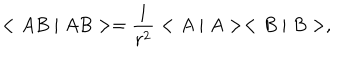
< A B \mid A B > = \frac 1 { r ^ { 2 } } < A \mid A > < B \mid B > ,